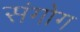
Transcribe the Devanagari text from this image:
संगोग